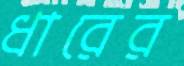
ধারের